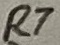
Text: R7